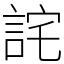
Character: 詫